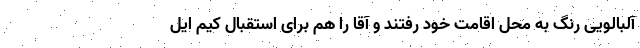
آلبالویی رنگ به محل اقامت خود رفتند و آقا را هم برای استقبال کیم ایل